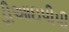
ડીઆઇપીપી